38_143685_box_Incident_Summaries_101-172
Agency: Department of War
Page 141
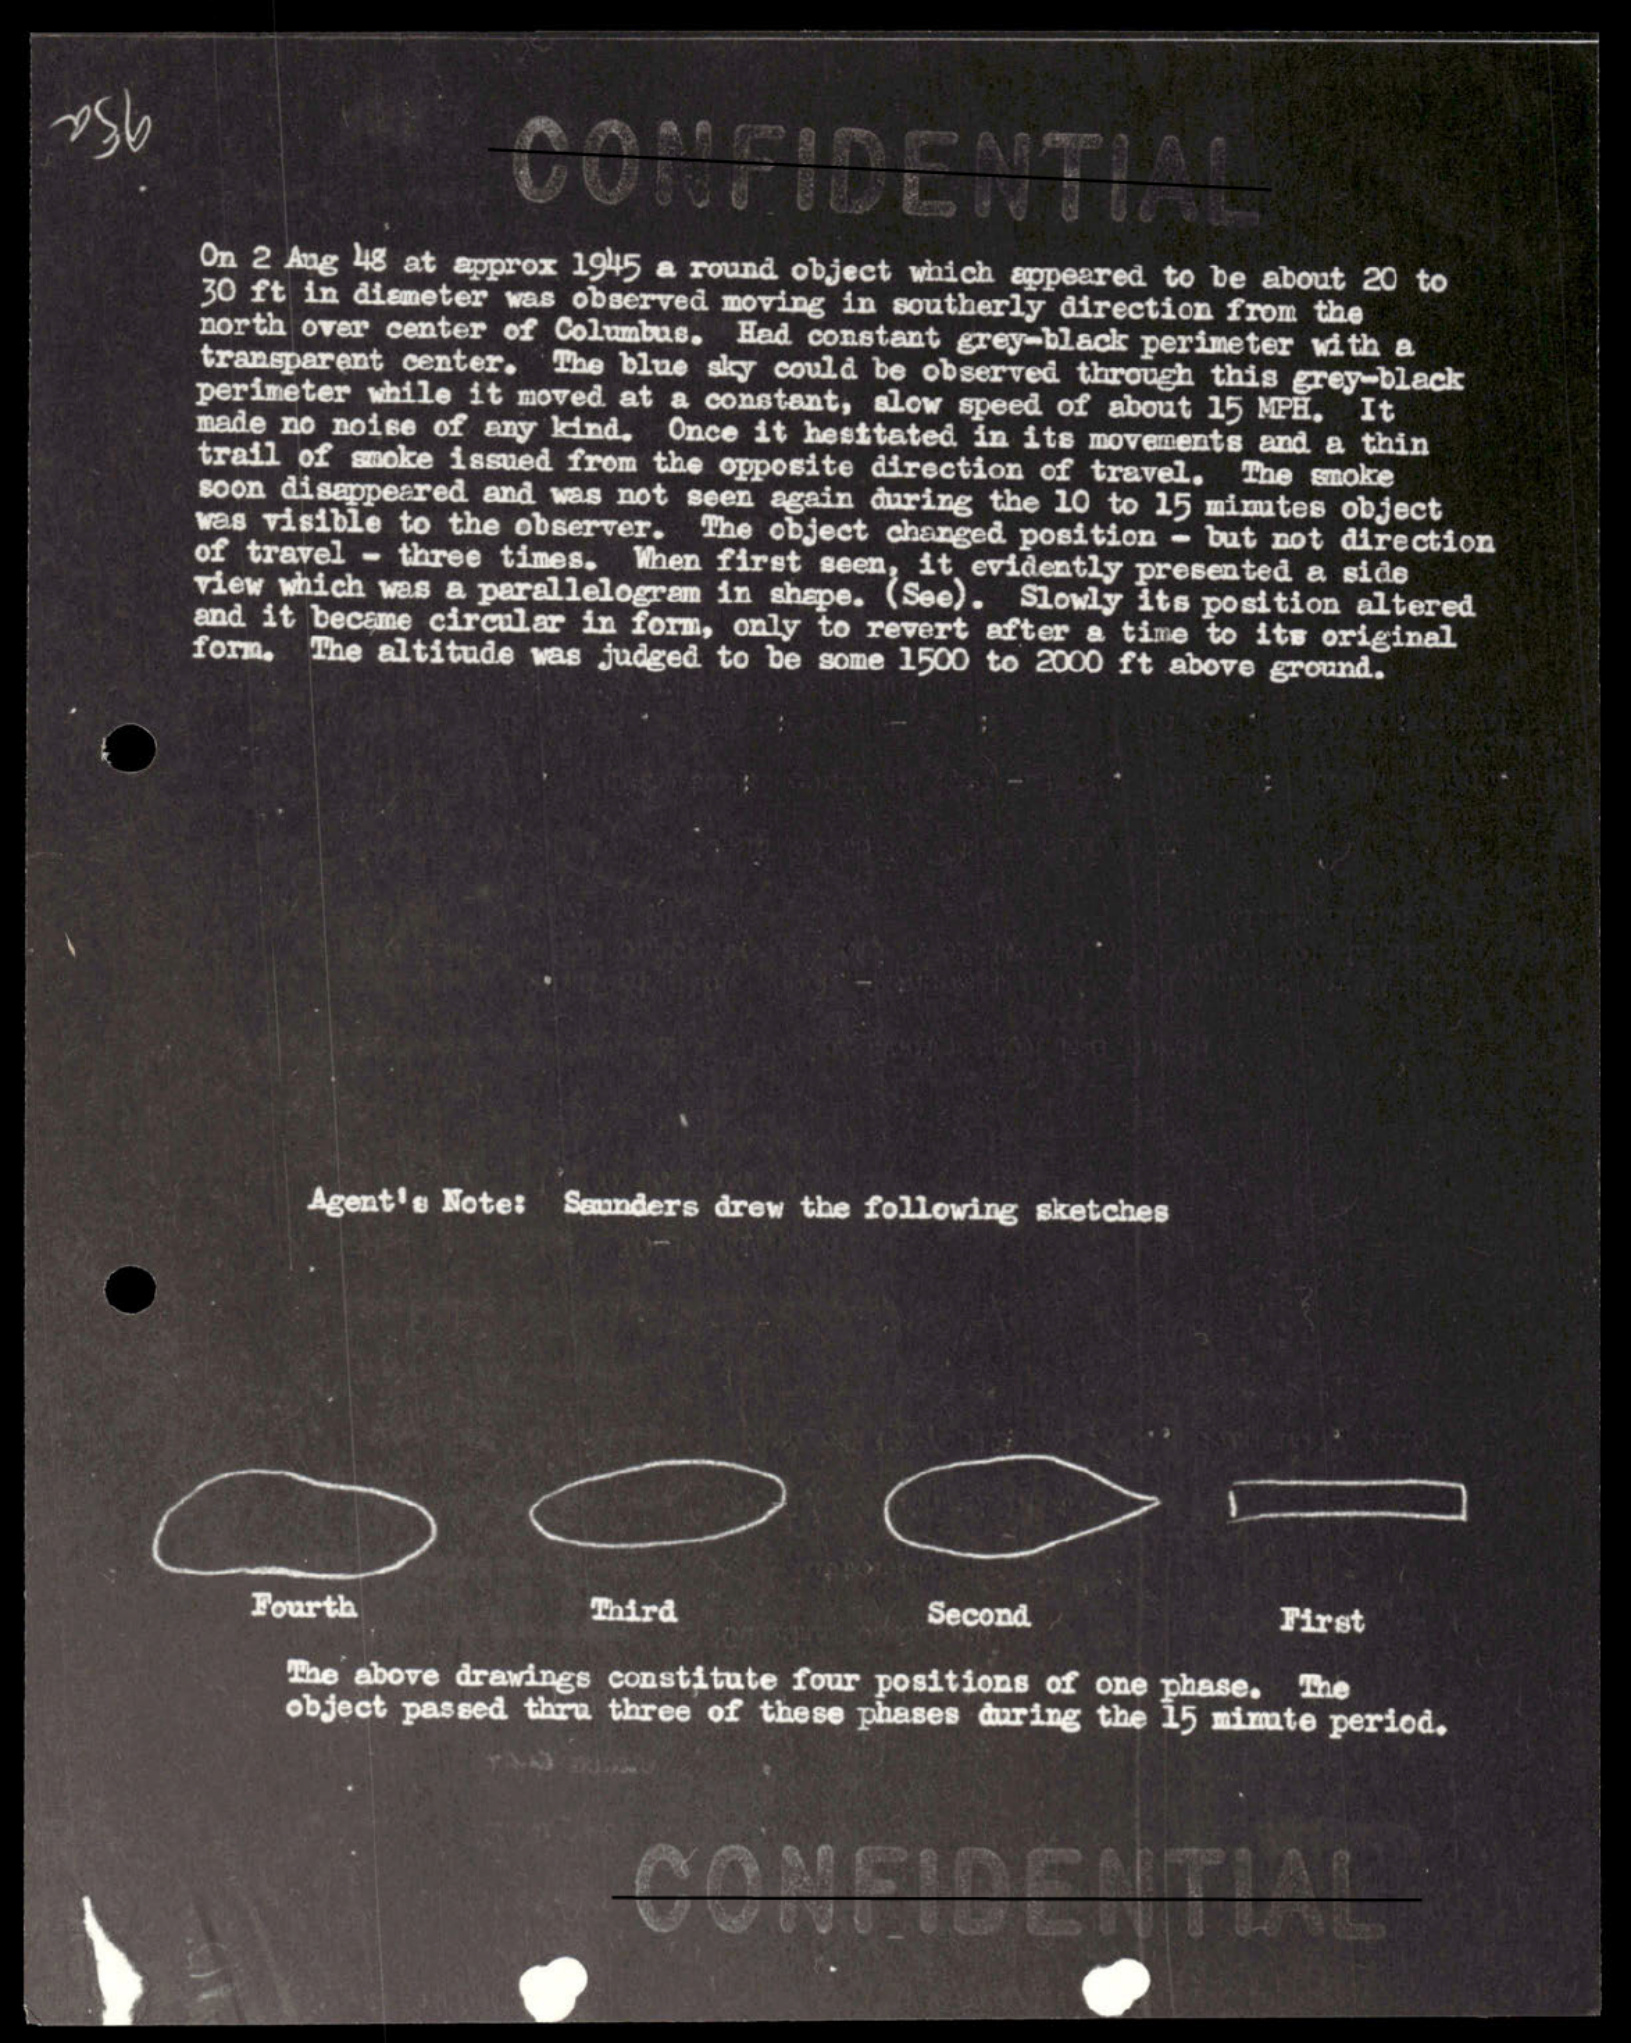